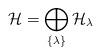
LaTeX: \begin{align*}{\cal H}=\bigoplus_{\{ \lambda\}}{\cal H}_{\lambda}\end{align*}